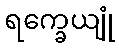
ရက္ခေယျုံ